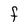
Character: f